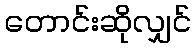
တောင်းဆိုလျှင်